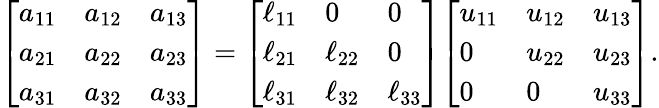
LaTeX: {\left[\begin{array}{lll}{a_{11}}&{a_{12}}&{a_{13}}\\ {a_{21}}&{a_{22}}&{a_{23}}\\ {a_{31}}&{a_{32}}&{a_{33}}\end{array}\right]}={\left[\begin{array}{lll}{\ell_{11}}&{0}&{0}\\ {\ell_{21}}&{\ell_{22}}&{0}\\ {\ell_{31}}&{\ell_{32}}&{\ell_{33}}\end{array}\right]}{\left[\begin{array}{lll}{u_{11}}&{u_{12}}&{u_{13}}\\ {0}&{u_{22}}&{u_{23}}\\ {0}&{0}&{u_{33}}\end{array}\right]}.